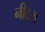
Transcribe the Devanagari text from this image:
नीटस